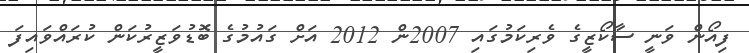
ފިއޯން ވަނީ ސާކޯޒީގެ ވެރިކަމުގައި 2007ން 2012 އަށް ގައުމުގެ ބޮޑުވަޒީރުކަން ކުރައްވައިފަ